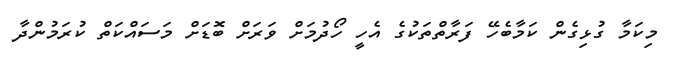
މިކަމާ ގުޅިގެން ކަމާބެހޭ ފަރާތްތަކުގެ އެހީ ހޯދުމަށް ވަރަށް ބޮޑަށް މަސައްކަތް ކުރަމުންދާ